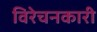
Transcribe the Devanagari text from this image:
विरेचनकारी